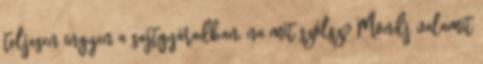
teljesen ingyen a sajtgyáradban, na mit szólsz? Mondj valamit